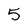
Character: 5